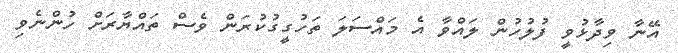
އޭނާ ވިދާޅުވީ ފުލުހުން ލައްވާ އެ މައްސަލަ ތަހުގީގުކުރަން ވެސް ތައްޔާރަށް ހުންނެވި